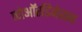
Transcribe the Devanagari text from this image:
कोऑरडिनेशन